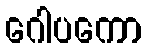
ဂေါပကော